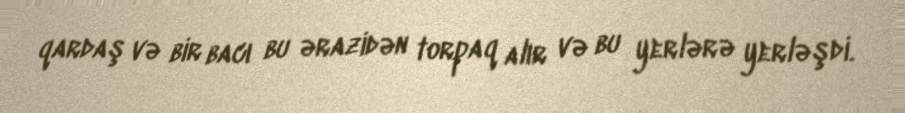
qardaş və bir bacı bu ərazidən torpaq alır və bu yerlərə yerləşdi.